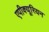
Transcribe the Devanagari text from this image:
एपीक्यूरियन